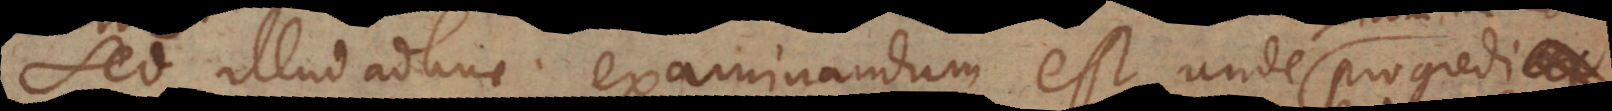
Sed illud adhuc examinandum est, unde progrediar